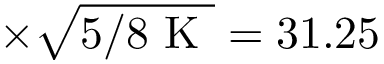
\times \sqrt { 5 / 8 \textrm { K } } = 3 1 . 2 5